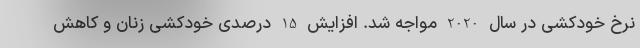
نرخ خودکشی در سال 2020 مواجه شد. افزایش 15 درصدی خودکشی زنان و کاهش